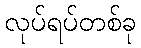
လုပ်ရပ်တစ်ခု